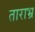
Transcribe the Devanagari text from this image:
ताराभ्र